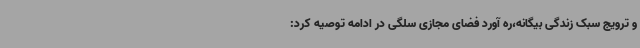
و ترویج سبک زندگی بیگانه،ره آورد فضای مجازی سلگی در ادامه توصیه کرد: